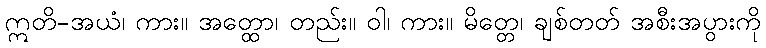
ဣတိ-အယံ၊ ကား။ အတ္ထော၊ တည်း။ ဝါ၊ ကား။ မိတ္တေ၊ ချစ်တတ် အစီးအပွားကို